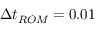
\Delta t _ { R O M } = 0 . 0 1